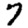
Digit: 7